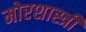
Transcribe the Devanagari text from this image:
मोरशास्त्री